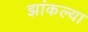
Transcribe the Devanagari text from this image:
झांकल्या